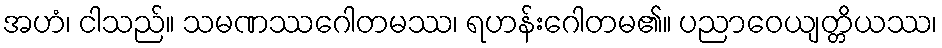
အဟံ၊ ငါသည်။ သမဏဿဂေါတမဿ၊ ရဟန်းဂေါတမ၏။ ပညာဝေယျတ္တိယဿ၊